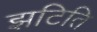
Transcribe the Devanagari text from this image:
झटिति